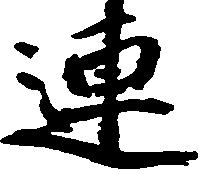
連